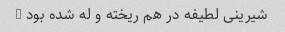
شیرینی لطیفه در هم ریخته و له شده بود …